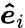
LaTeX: \boldsymbol{\hat{e}}_{i}